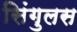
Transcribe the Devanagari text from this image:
सिंगुलस